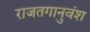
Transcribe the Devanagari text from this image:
राजतगानुवंश